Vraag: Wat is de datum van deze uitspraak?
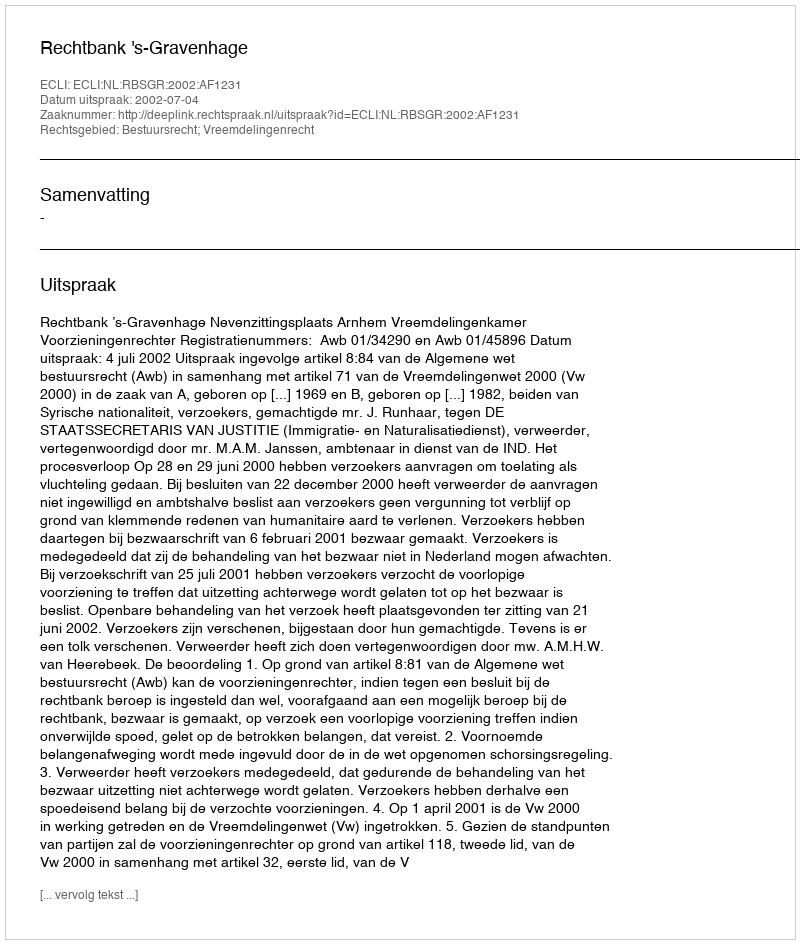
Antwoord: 2002-07-04